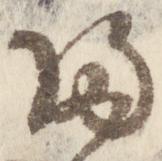
帰